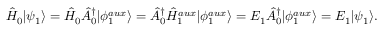
\hat { H } _ { 0 } | \psi _ { 1 } \rangle = \hat { H } _ { 0 } \hat { A } _ { 0 } ^ { \dagger } | \phi _ { 1 } ^ { a u x } \rangle = \hat { A } _ { 0 } ^ { \dagger } \hat { H } _ { 1 } ^ { a u x } | \phi _ { 1 } ^ { a u x } \rangle = E _ { 1 } \hat { A } _ { 0 } ^ { \dagger } | \phi _ { 1 } ^ { a u x } \rangle = E _ { 1 } | \psi _ { 1 } \rangle .